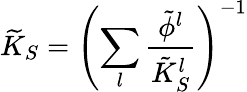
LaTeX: \widetilde{K}_{S}=\left(\sum_{l}\frac{\tilde{\phi}^{l}}{\tilde{K}_{S}^{l}}\right)^{-1}